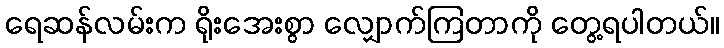
ရေဆန်လမ်းက ရိုးအေးစွာ လျှောက်ကြတာကို တွေ့ရပါတယ်။